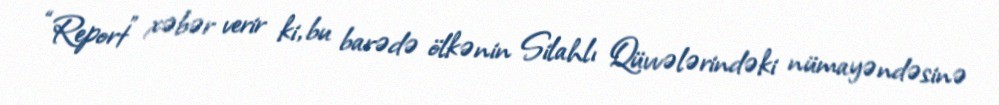
“Report” xəbər verir ki, bu barədə ölkənin Silahlı Qüvvələrindəki nümayəndəsinə